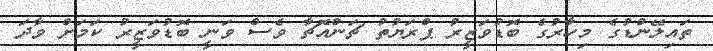
ތައިލޭންޑުގެ މިހާރުގެ ބޮޑުވަޒީރު ޕްރަޔުތު ޗަންއޮޗާ ވެސް ވަނީ ބޮޑުވަޒީރު ކަމަށް ވާދަ